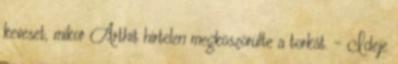
keveset, mikor Arthit hirtelen megköszörülte a torkát. - Ideje